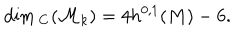
\dim { } _ { { \bf C } } ( { \cal M } _ { k } ) = 4 h ^ { 0 , 1 } ( M ) - 6 .